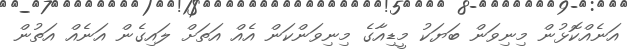
އަނެއްކޮޅުން މިނިވަން ބަޔަކު މީޑިއާގެ މިނިވަންކަން އެއް އަތަށް ލައިގެން އަނެއް އަތުން